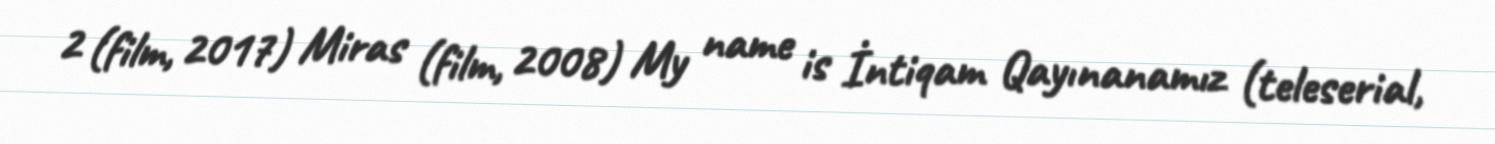
2 (film, 2017) Miras (film, 2008) My name is İntiqam Qayınanamız (teleserial,